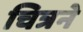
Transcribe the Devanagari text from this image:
चित्रने